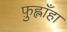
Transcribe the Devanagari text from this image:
फ़ुह्लाँहा